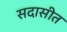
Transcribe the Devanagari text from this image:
सदासीत